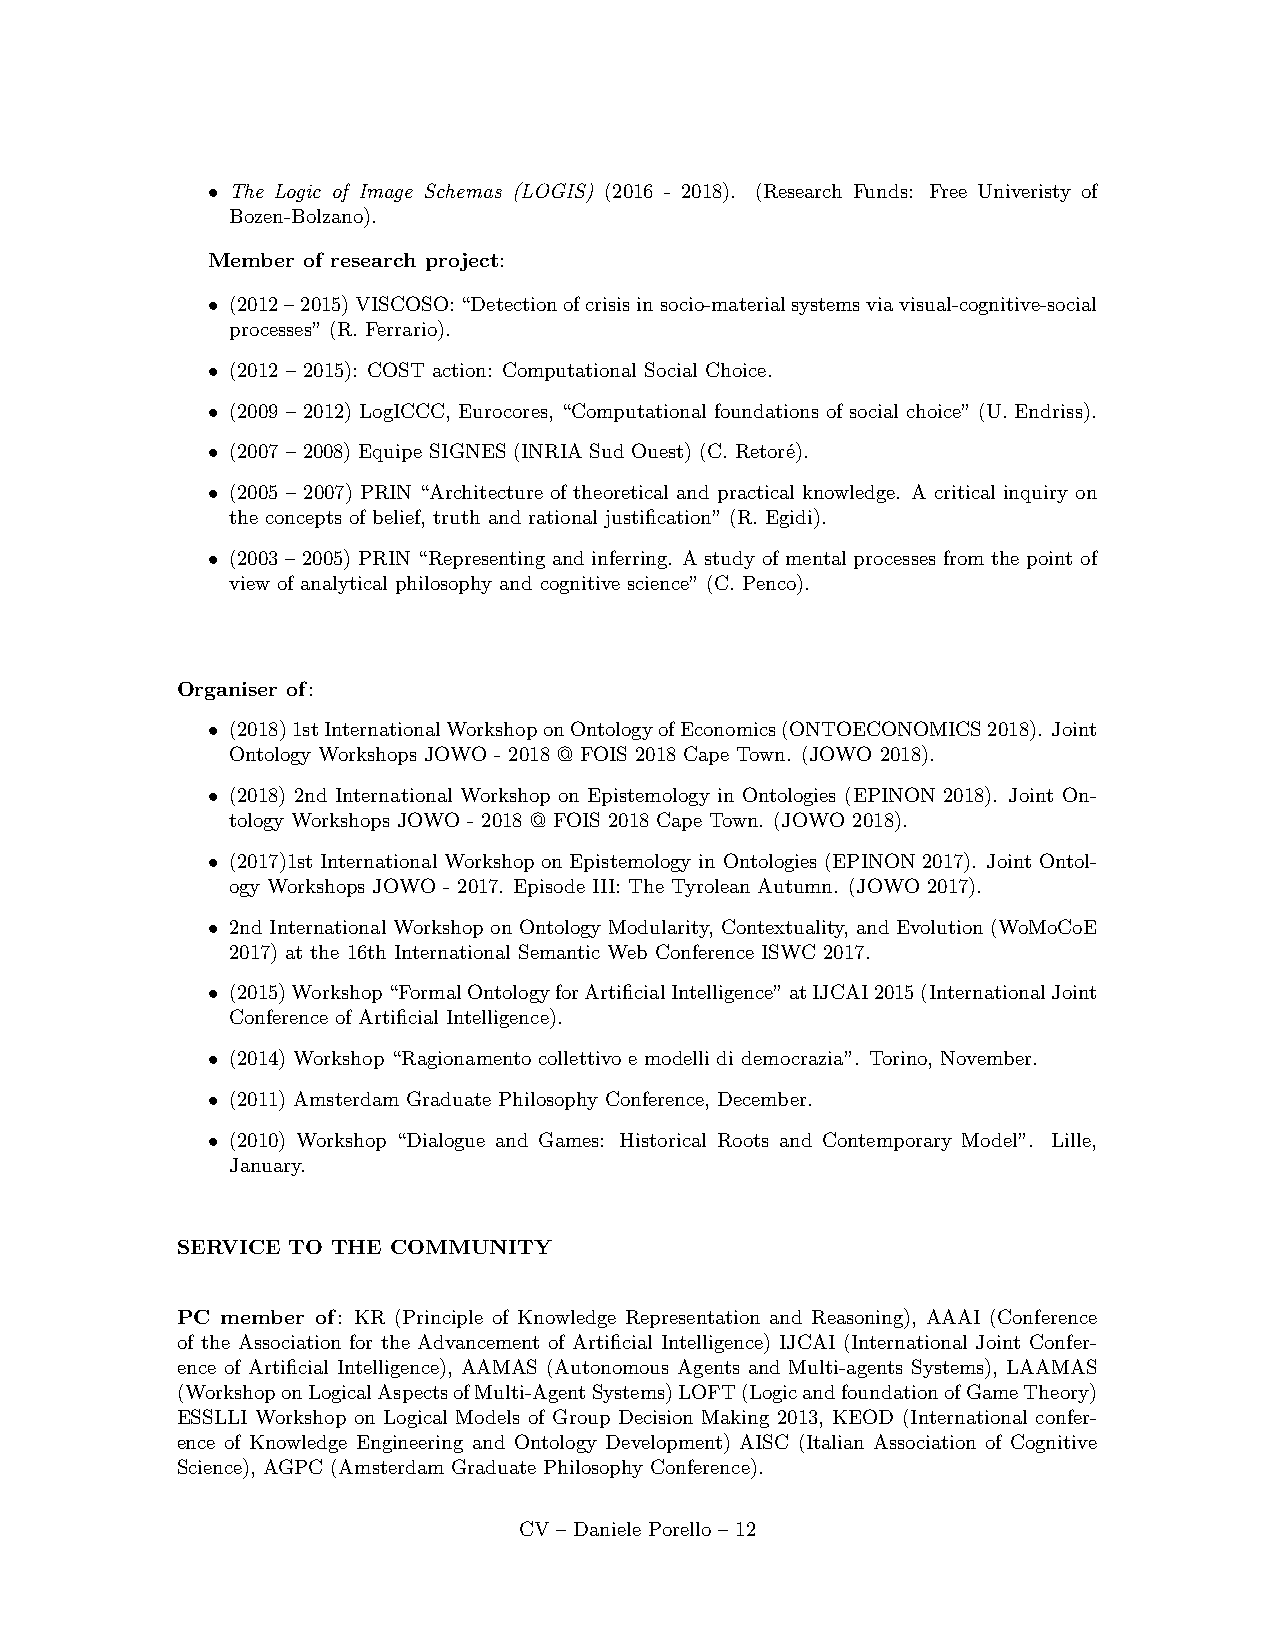
• The Logic of Image Schemas (LOGIS) (2016 - 2018). (Research Funds: Free Univeristy of
 Bozen-Bolzano).
 Member of research project:
 • (2012–2015)VISCOSO:“Detectionofcrisisinsocio-materialsystemsviavisual-cognitive-social
 processes” (R. Ferrario).
 • (2012 – 2015): COST action: Computational Social Choice.
 • (2009 – 2012) LogICCC, Eurocores, “Computational foundations of social choice” (U. Endriss).
 • (2007 – 2008) Equipe SIGNES (INRIA Sud Ouest) (C. Retor´e).
 • (2005 – 2007) PRIN “Architecture of theoretical and practical knowledge. A critical inquiry on
 the concepts of belief, truth and rational justification” (R. Egidi).
 • (2003 – 2005) PRIN “Representing and inferring. A study of mental processes from the point of
 view of analytical philosophy and cognitive science” (C. Penco).
 Organiser of:
 • (2018)1stInternationalWorkshoponOntologyofEconomics(ONTOECONOMICS2018). Joint
 Ontology Workshops JOWO - 2018 @ FOIS 2018 Cape Town. (JOWO 2018).
 • (2018) 2nd International Workshop on Epistemology in Ontologies (EPINON 2018). Joint On-
 tology Workshops JOWO - 2018 @ FOIS 2018 Cape Town. (JOWO 2018).
 • (2017)1st International Workshop on Epistemology in Ontologies (EPINON 2017). Joint Ontol-
 ogy Workshops JOWO - 2017. Episode III: The Tyrolean Autumn. (JOWO 2017).
 • 2nd International Workshop on Ontology Modularity, Contextuality, and Evolution (WoMoCoE
 2017) at the 16th International Semantic Web Conference ISWC 2017.
 • (2015)Workshop“FormalOntologyforArtificialIntelligence”atIJCAI2015(InternationalJoint
 Conference of Artificial Intelligence).
 • (2014) Workshop “Ragionamento collettivo e modelli di democrazia”. Torino, November.
 • (2011) Amsterdam Graduate Philosophy Conference, December.
 • (2010) Workshop “Dialogue and Games: Historical Roots and Contemporary Model”. Lille,
 January.
 SERVICE TO THE COMMUNITY
 PC member of: KR (Principle of Knowledge Representation and Reasoning), AAAI (Conference
 of the Association for the Advancement of Artificial Intelligence) IJCAI (International Joint Confer-
 ence of Artificial Intelligence), AAMAS (Autonomous Agents and Multi-agents Systems), LAAMAS
 (WorkshoponLogicalAspectsofMulti-AgentSystems)LOFT(LogicandfoundationofGameTheory)
 ESSLLI Workshop on Logical Models of Group Decision Making 2013, KEOD (International confer-
 ence of Knowledge Engineering and Ontology Development) AISC (Italian Association of Cognitive
 Science), AGPC (Amsterdam Graduate Philosophy Conference).
 CV – Daniele Porello – 12